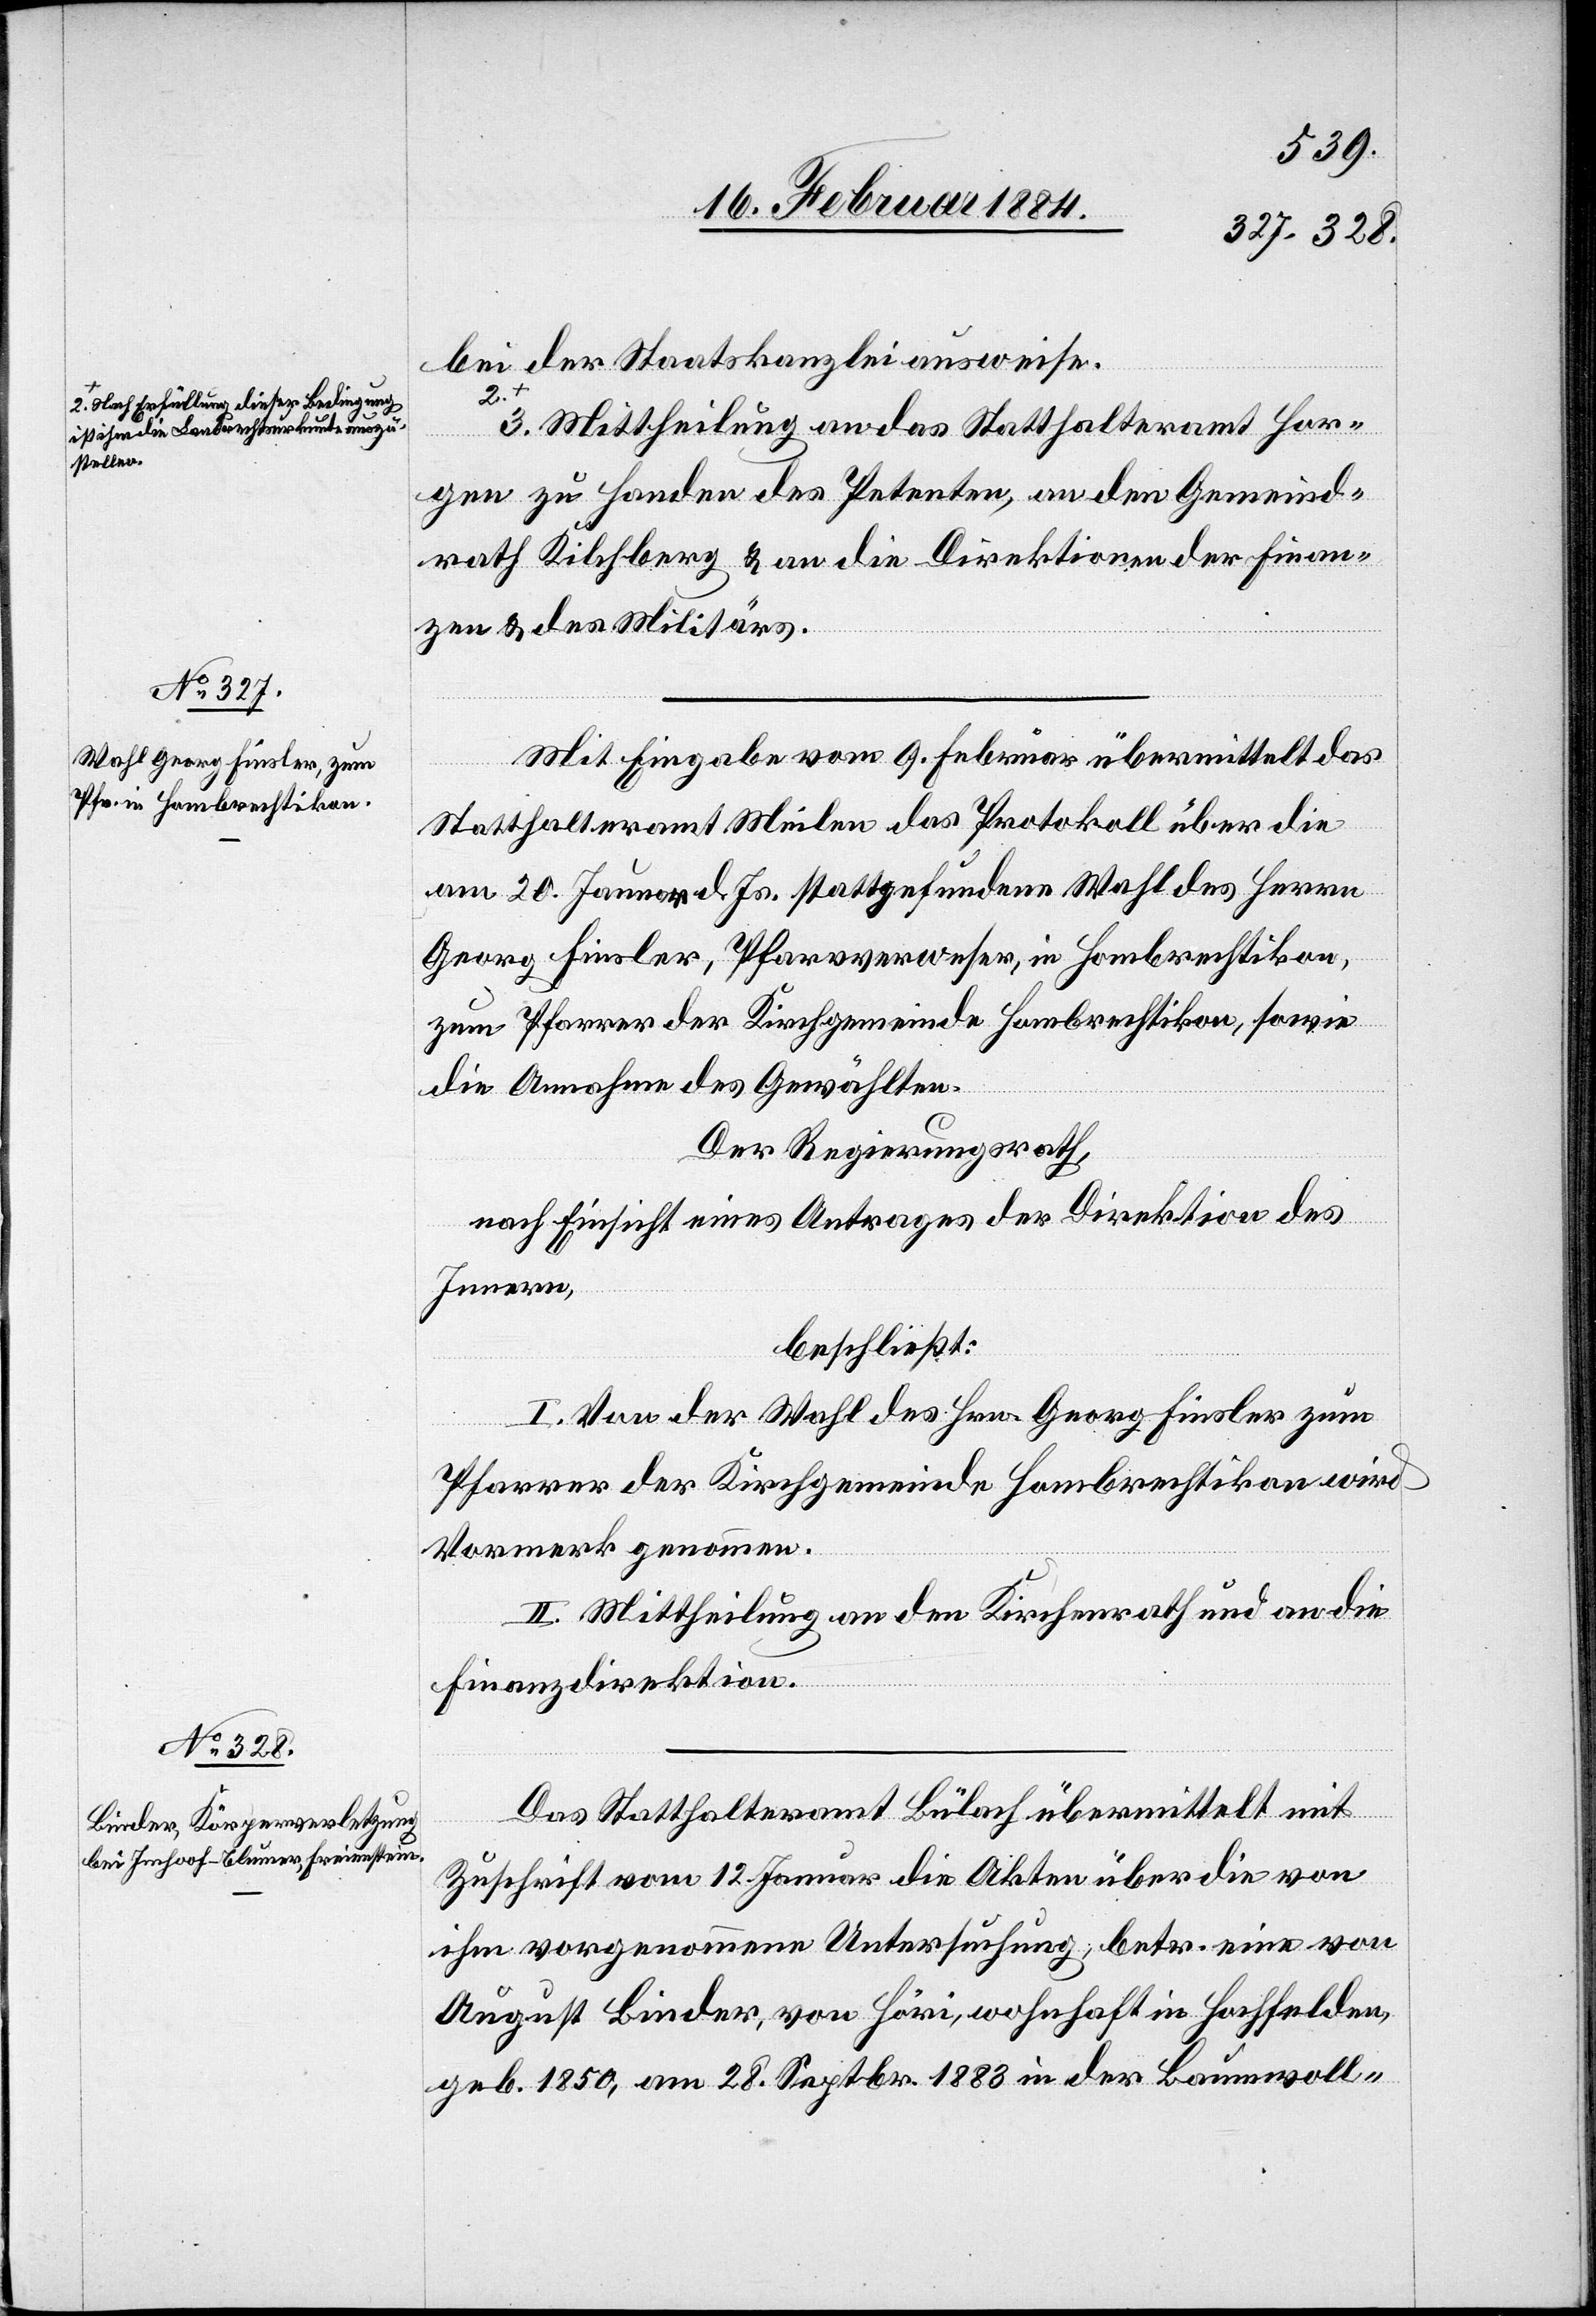
a-2. Nach Erfüllung dieser Bedingung
ist ihm die Landrechtsurkunde auszu¬
stellen.-a

bei der Staatskanzlei ausweise.
3. Mittheilung an das Statthalteramt Hor¬
gen zu Handen des Petenten, an den Gemeind¬
rath Kilchberg & an die Direktionen der Finan¬
zen & des Militärs.
Mit Eingabe vom 9. Februar übermittelt das
Statthalteramt Meilen das Protokoll über die
am 20. Januar d. Js. stattgefundene Wahl des Herrn
Georg Finsler, Pfarrverweser, in Hombrechtikon,
zum Pfarrer der Kirchgemeinde Hombrechtikon, sowie
die Annahme des Gewählten.
Der Regierungsrath,
nach Einsicht eines Antrages der Direktion des
Innern,
beschließt:
I. Von der Wahl des Hrn. Georg Finsler zum
Pfarrer der Kirchgemeinde Hombrechtikon wird
Vormerk genommen.
II. Mittheilung an den Kirchenrath und an die
Finanzdirektion.
Das Statthalteramt Bülach übermittelt mit
Zuschrift vom 12. Januar die Akten über die von
ihm vorgenommene Untersuchung, betr. eine von
August Binder, von Höri, wohnhaft in Hochfelden,
geb. 1850, am 28. Septbr. 1883 in der Baumwoll-